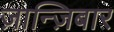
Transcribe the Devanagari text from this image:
ज़ान्ज़िबार